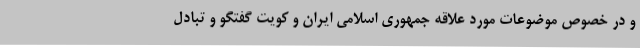
و در خصوص موضوعات مورد علاقه جمهوری اسلامی ایران و کویت گفتگو و تبادل